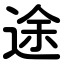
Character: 途